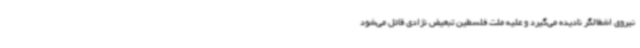
نیروی اشغالگر نادیده می‌گیرد و علیه ملت فلسطین تبعیض نژادی قائل می‌شود